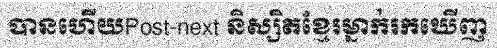
បានហើយPost-next និស្សិតខ្មែរម្នាក់រកឃើញ